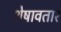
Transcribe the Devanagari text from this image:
शेषावतार